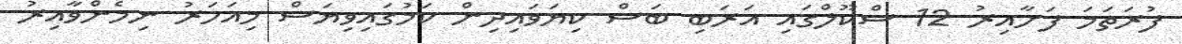
ފުރަތަމަ ފަށާއިރު 12 ސްކޫލްގައި އަރަބި ބަސް ކިޔަވައިދިން ކަމުގައިވިޔަސް މިއަހަރު ނިމެންވާއިރު